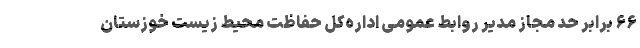
۶۶ برابر حد مجاز مدیر روابط عمومی اداره‌کل حفاظت محیط زیست خوزستان